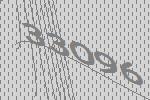
33096